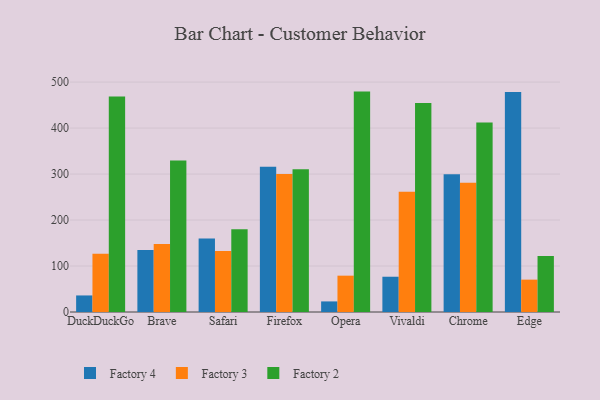
{"axis": {"x": "Browser", "y": "Page Views"}, "legend": ["Factory 2", "Factory 3", "Factory 4"], "data": [{"x": "DuckDuckGo", "y": 36.0, "type": "Factory 4"}, {"x": "DuckDuckGo", "y": 126.5, "type": "Factory 3"}, {"x": "DuckDuckGo", "y": 468.4, "type": "Factory 2"}, {"x": "Brave", "y": 135.0, "type": "Factory 4"}, {"x": "Brave", "y": 147.9, "type": "Factory 3"}, {"x": "Brave", "y": 329.4, "type": "Factory 2"}, {"x": "Safari", "y": 160.1, "type": "Factory 4"}, {"x": "Safari", "y": 132.4, "type": "Factory 3"}, {"x": "Safari", "y": 179.9, "type": "Factory 2"}, {"x": "Firefox", "y": 316.0, "type": "Factory 4"}, {"x": "Firefox", "y": 299.9, "type": "Factory 3"}, {"x": "Firefox", "y": 310.6, "type": "Factory 2"}, {"x": "Opera", "y": 23.0, "type": "Factory 4"}, {"x": "Opera", "y": 79.0, "type": "Factory 3"}, {"x": "Opera", "y": 479.3, "type": "Factory 2"}, {"x": "Vivaldi", "y": 76.7, "type": "Factory 4"}, {"x": "Vivaldi", "y": 261.4, "type": "Factory 3"}, {"x": "Vivaldi", "y": 454.7, "type": "Factory 2"}, {"x": "Chrome", "y": 299.7, "type": "Factory 4"}, {"x": "Chrome", "y": 281.2, "type": "Factory 3"}, {"x": "Chrome", "y": 412.2, "type": "Factory 2"}, {"x": "Edge", "y": 478.2, "type": "Factory 4"}, {"x": "Edge", "y": 70.4, "type": "Factory 3"}, {"x": "Edge", "y": 121.9, "type": "Factory 2"}]}